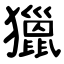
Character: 獵